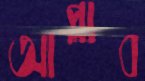
আপ্লাব